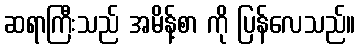
ဆရာကြီးသည် အမိန့်စာ ကို ပြန်လေသည်။